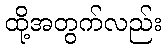
ထို့အတွက်လည်း